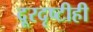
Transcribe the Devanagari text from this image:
दूरदृष्टीही